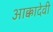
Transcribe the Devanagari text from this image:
आक्कादेवी